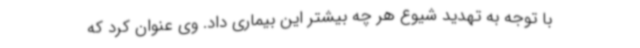
با توجه به تهدید شیوع هر چه بیشتر این بیماری داد. وی عنوان کرد که